Annual report on the Civil Veterinary Department, Burma (including the Insein Veterinary School) - 1910-1922
Year: 1910
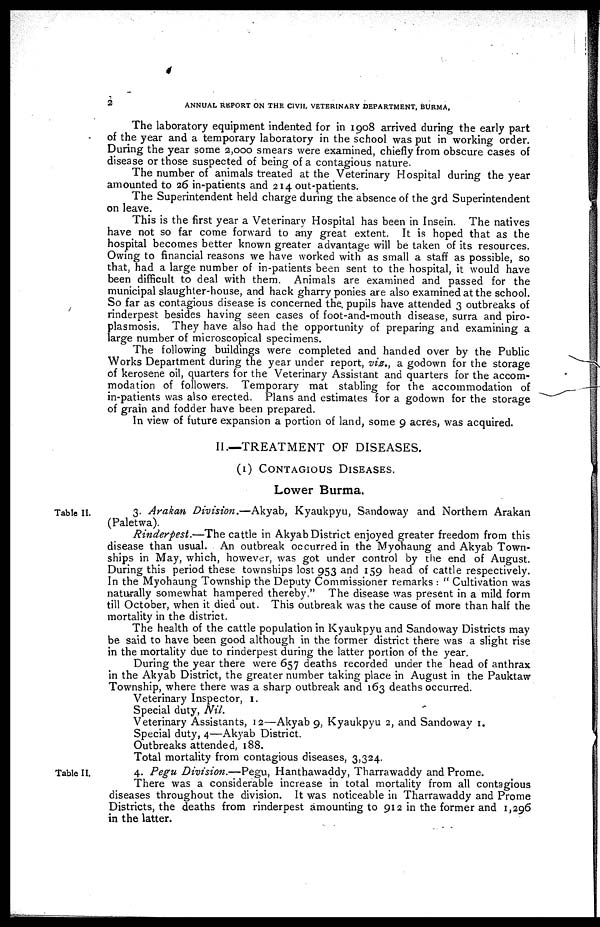
2
ANNUAL REPORT ON THE CIVIL VETERINARY DEPARTMENT, BURMA,
The laboratory equipment indented for in 1908 arrived during the early part
of the year and a temporary laboratory in the school was put in working order.
During the year some 2,000 smears were examined, chiefly from obscure cases of
disease or those suspected of being of a contagious nature.
The number of animals treated at the Veterinary Hospital during the year
amounted to 26 in-patients and 214 out-patients.
The Superintendent held charge during the absence of the 3rd Superintendent
on leave.
This is the first year a Veterinary Hospital has been in Insein. The natives
have not so far come forward to any great extent. It is hoped that as the
hospital becomes better known greater advantage will be taken of its resources.
Owing to financial reasons we have worked with as small a staff as possible, so
that, had a large number of in-patients been sent to the hospital, it would have
been difficult to deal with them. Animals are examined and passed for the
municipal slaughter-house, and hack gharry ponies are also examined at the school.
So far as contagious disease is concerned the. pupils have attended 3 outbreaks of
rinderpest besides having seen cases of foot-and-mouth disease, surra and piro-
plasmosis. They have also had the opportunity of preparing and examining a
large number of microscopical specimens.
The following buildings were completed and handed over by the Public
Works Department during the year under report, viz., a godown for the storage
of kerosene oil, quarters for the Veterinary Assistant and quarters for the accom-
modation of followers. Temporary mat stabling for the accommodation of
in-patients was also erected. Plans and estimates for a godown for the storage
of grain and fodder have been prepared.
In view of future expansion a portion of land, some 9 acres, was acquired.
II.—TREATMENT OF DISEASES.
(1) CONTAGIOUS DISEASES.
Lower Burma.
Table II.
3. Arakan Division.—Akyab, Kyaukpyu, Sandoway and Northern Arakan
(Paletwa).
Rinderpest.—The cattle in Akyab District enjoyed greater freedom from this
disease than usual. An outbreak occurred in the Myohaung and Akyab Town-
ships in May, which, however, was got under control by the end of August.
During this period these townships lost 953 and 159 head of cattle respectively.
In the Myohaung Township the Deputy Commissioner remarks : " Cultivation was
naturally somewhat hampered thereby." The disease was present in a mild form
till October, when it died out. This outbreak was the cause of more than half the
mortality in the district.
The health of the cattle population in Kyaukpyu and Sandoway Districts may
be said to have been good although in the former district there was a slight rise
in the mortality due to rinderpest during the latter portion of the year.
During the year there were 657 deaths recorded under the head of anthrax
in the Akyab District, the greater number taking place in August in the Pauktaw
Township, where there was a sharp outbreak and 163 deaths occurred.
Veterinary Inspector, 1.
Special duty, Nil.
Veterinary Assistants, 12—Akyab 9, Kyaukpyu 2, and Sandoway 1.
Special duty, 4—Akyab District.
Outbreaks attended, 188.
Total mortality from contagious diseases, 3,324.
Table II.
4. Pegu Division.—Pegu, Hanthawaddy, Tharrawaddy and Prome.
There was a considerable increase in total mortality from all contagious
diseases throughout the division. It was noticeable in Tharrawaddy and Prome
Districts, the deaths from rinderpest amounting to 912 in the former and 1,296
in the latter.